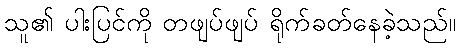
သူ၏ ပါးပြင်ကို တဖျပ်ဖျပ် ရိုက်ခတ်နေခဲ့သည်။